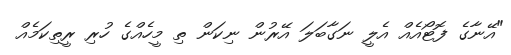
"އޭނާގެ ފޮޓޯއެއް އެލީ ނަގާބަލަ އޭރުން ނިކަން ތި މީހެއްގެ ހުރި ރީތިކަމެއް